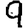
Digit: 9